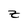
Character: z